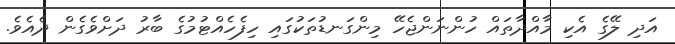
އަދި ލޭގެ އެކި މާއްދާތައް ހުންނަންޖެހޭ މިންގަނޑުތަކުގައި ހިފެހެއްޓުމުގެ ބާރު ދަށްވެގެން ދެއެވެ.